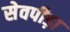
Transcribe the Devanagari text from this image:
सेवपीड़ा